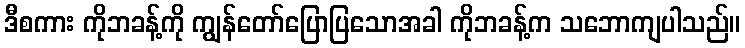
ဒီစကား ကိုဘခန့်ကို ကျွန်တော်ပြောပြသောအခါ ကိုဘခန့်က သဘောကျပါသည်။